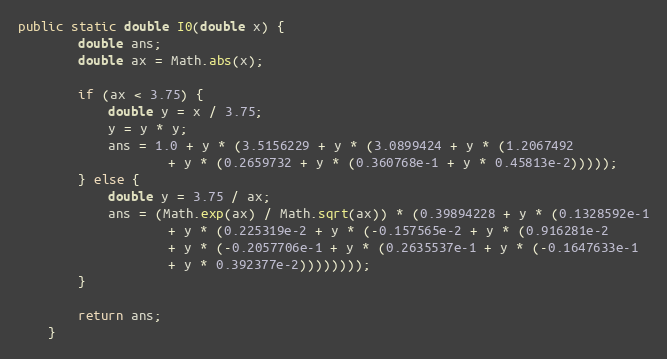
Language: Java
public static double I0(double x) {
        double ans;
        double ax = Math.abs(x);

        if (ax < 3.75) {
            double y = x / 3.75;
            y = y * y;
            ans = 1.0 + y * (3.5156229 + y * (3.0899424 + y * (1.2067492
                    + y * (0.2659732 + y * (0.360768e-1 + y * 0.45813e-2)))));
        } else {
            double y = 3.75 / ax;
            ans = (Math.exp(ax) / Math.sqrt(ax)) * (0.39894228 + y * (0.1328592e-1
                    + y * (0.225319e-2 + y * (-0.157565e-2 + y * (0.916281e-2
                    + y * (-0.2057706e-1 + y * (0.2635537e-1 + y * (-0.1647633e-1
                    + y * 0.392377e-2))))))));
        }

        return ans;
    }